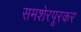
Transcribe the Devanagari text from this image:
समशेरपूरकर